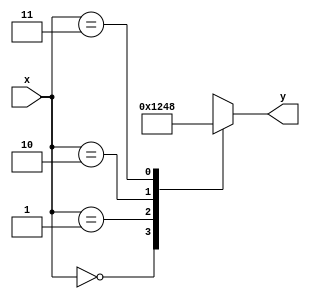
`timescale 1ns / 1ps

module two_four_decoder(
    input [1:0] x,
    output reg [3:0] y 
    );
    
    always @(x) begin
        case(x)
            0: y = 4'b0001;
            1: y = 4'b0010;
            2: y = 4'b0100;
            3: y = 4'b1000;
        endcase
    end
    
endmodule